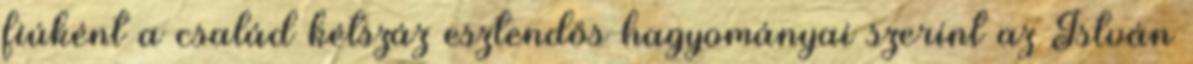
fiúként a család kétszáz esztendős hagyományai szerint az István